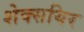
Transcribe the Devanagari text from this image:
शेक्सयिर